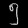
Digit: ၅